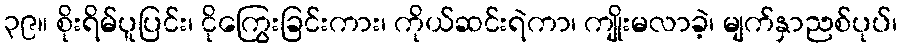
၃၉။ စိုးရိမ်ပူပြင်း၊ ငိုကြွေးခြင်းကား၊ ကိုယ်ဆင်းရဲကာ၊ ကျိုးမလာခဲ့၊ မျက်နှာညစ်ပုပ်၊